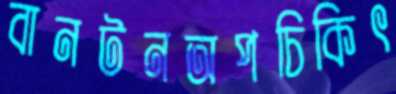
বানটনঅপচিকিৎ